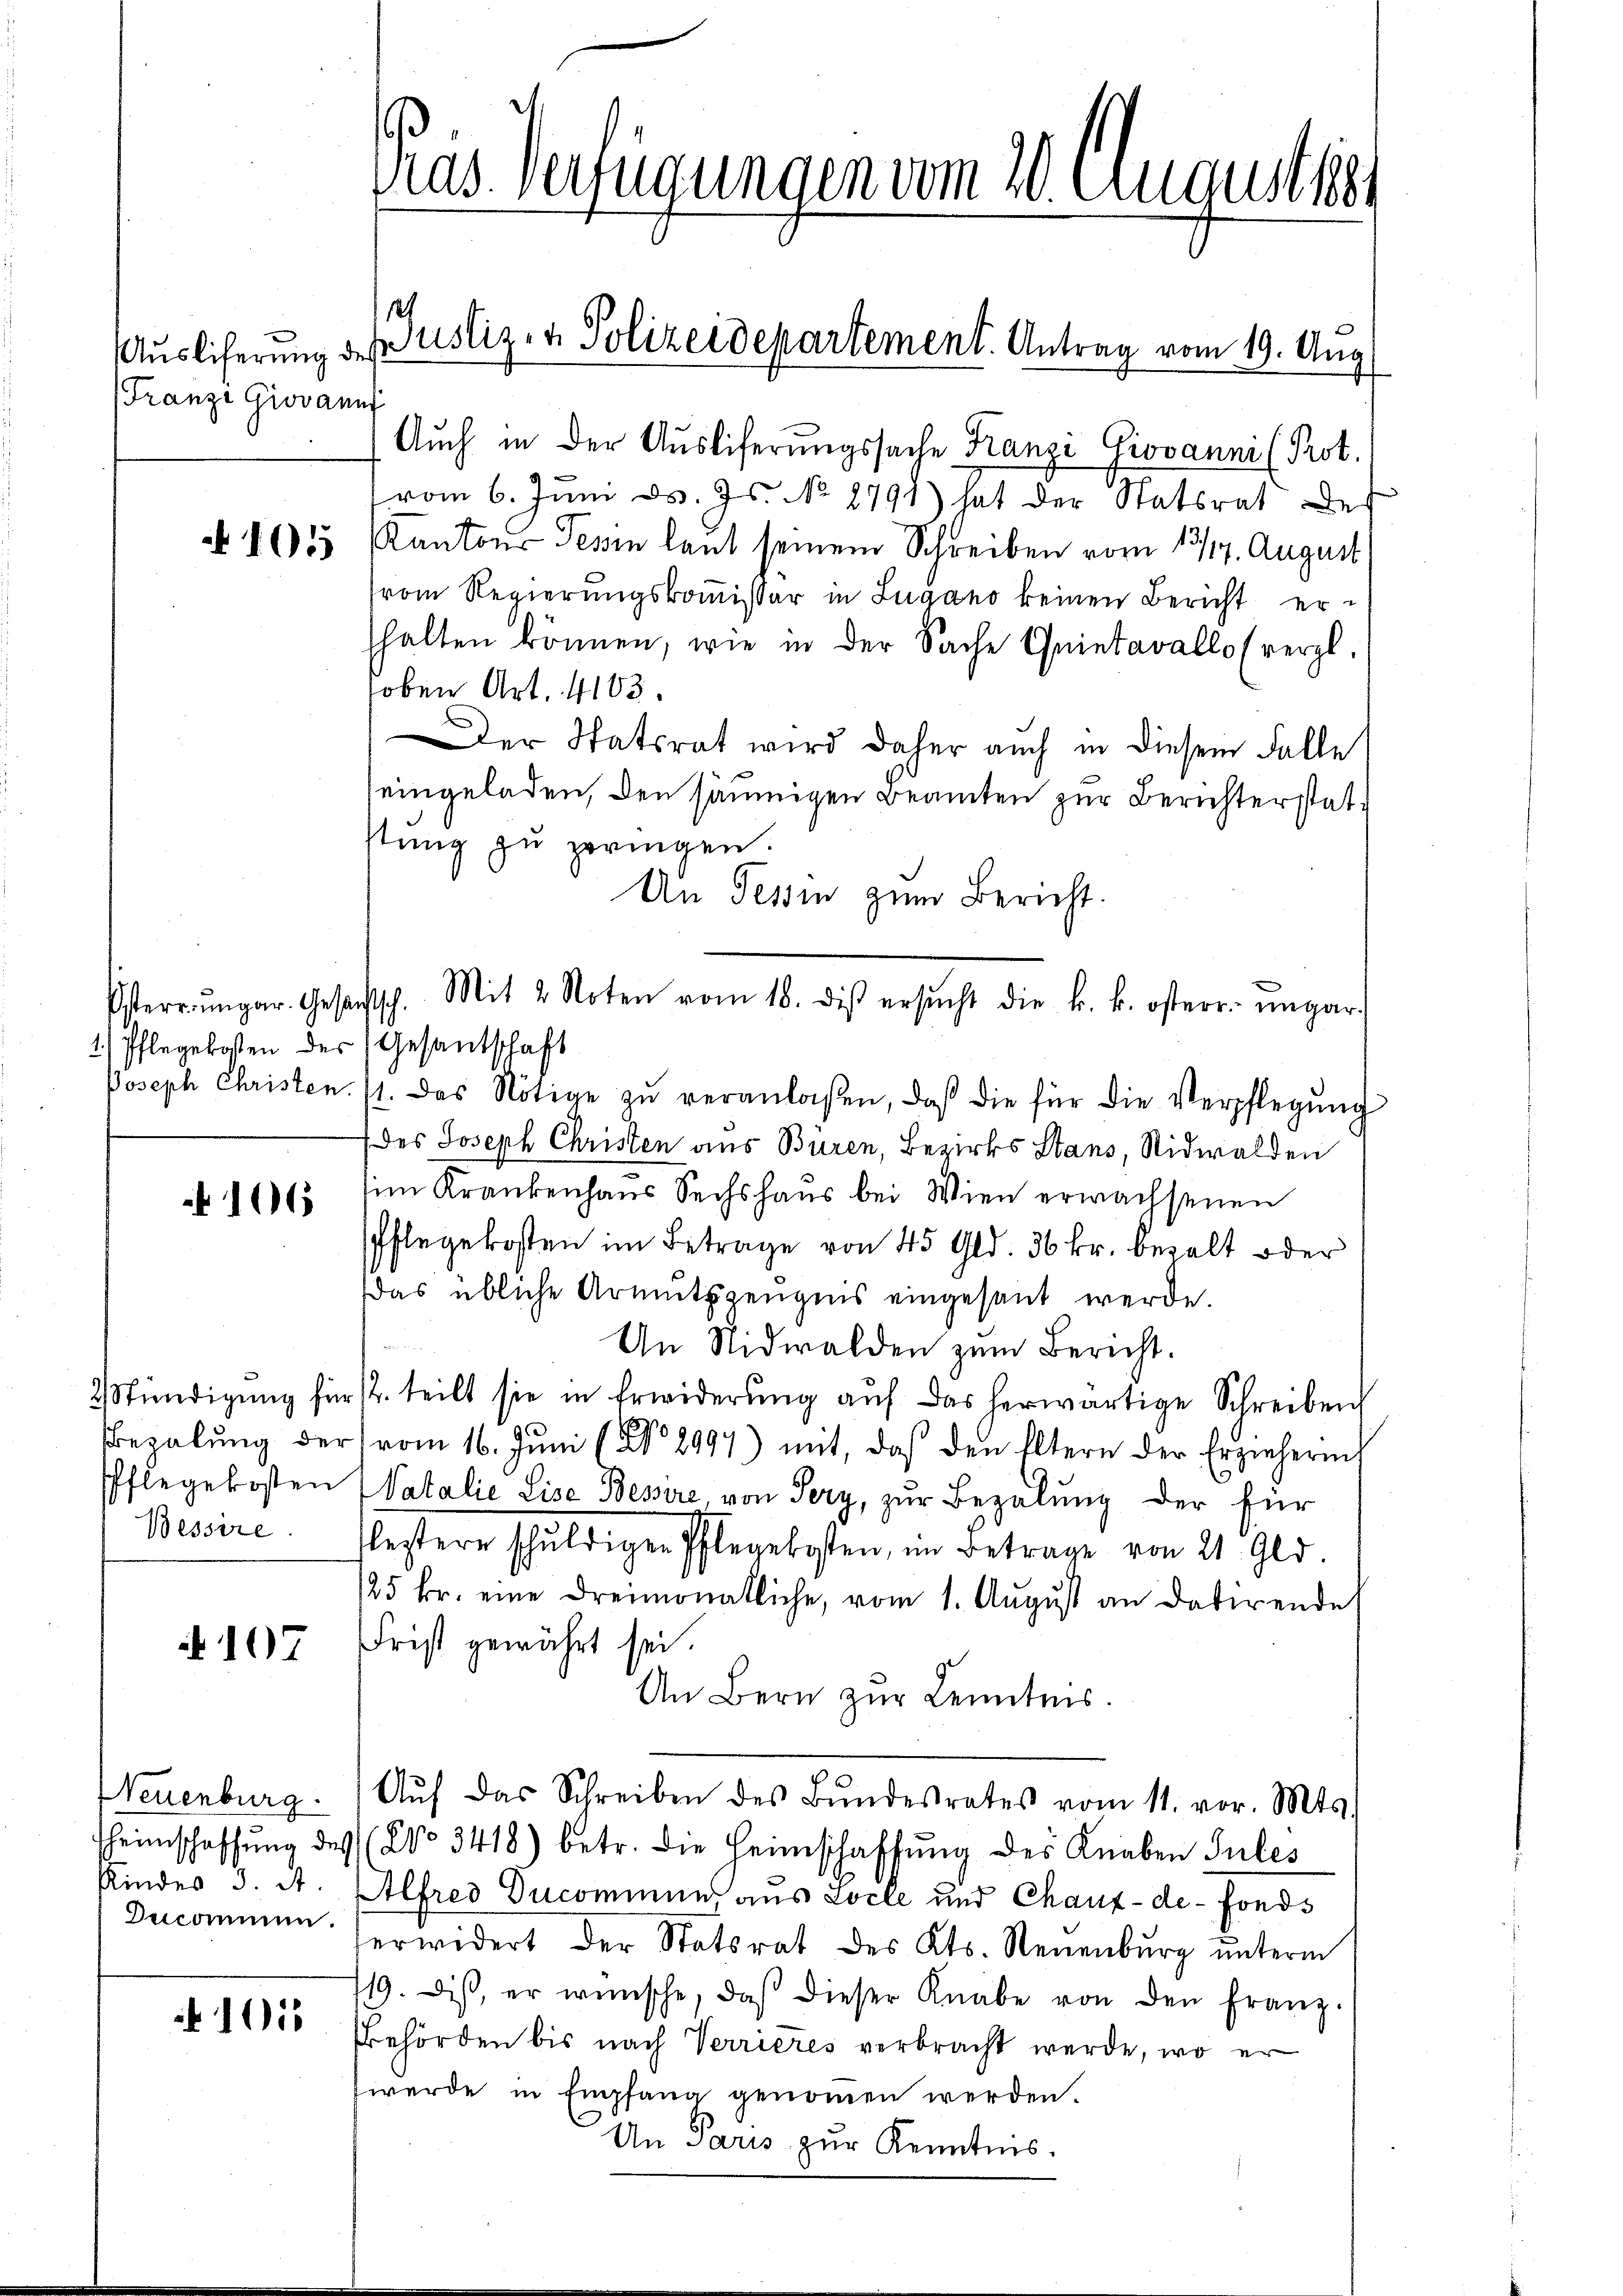
Auslicherung der
Franze Giovann

105

1) Pflegekosten der (Gesantschaft

106

Pflegekosten
Bessire.

107

Neuenburg.
Kinder 3. A
Ducommen.

1015

Das Verfügungen vom 20. Augusts

Auch in der Ausliferungssache Franze Giovanni (Prot.
vom 6. Juni d. Js. No 1791) hat der Statsrat des
Kantons Tessin laut seinem Schreiben vom 13/14. August
vom Regierungskommissär in Lugano keinen Bericht erhalten können, wie in der Sache Eintavallo (vergl.
hoben Art. 4103.
Der Statsrat wird daher auch in diesem Falle
seingeladen, den säumigen Beamten zur Berichterstatstung zu peringen.
An Tessin zum Bericht.
Usterrŭngar. Gesuchtsch. Mit 2 Noten vom 18. dis ersŭcht die k. k. österr.- ŭnpar-
Joseph Christen. 11. Das Nötige zŭ veranlaßen, daβ die für die Verpflegŭng
(des Joseph Christen aus Buren, Bezirks Stans, Nidwalden
im Krankenhaus Sechshaus bei Wien erwachsenen
Pflegekosten im Betrage von 45 Gld. 30 kr. bezalt oder
das übliche Armutszeugnis eingesant werde.
An Nidwalden zum Bericht.
2 Stündigŭng für sr. teilt sie in Erwiderŭng aŭf das herwärtige Schreiben
Bezalŭng der vom 16. Jŭni (No. 2997) mit, daß den Eltern der Erzieherin
Natalie Lise Bessire, von Sery, zur Bezalung der für
estere schŭldigen Pflegekosten, im Betrage von 21 Gld.
125 fr. eine dreimonatliche, vom 1. Aŭgŭst an datirende
Frist gewährt sei.
An Bern zur Kenntnis.
Aŭf das Schreiben des Bŭndesrates vom 11. vor. Mts.
Heimschaffŭng des (No. 3418) betr. die Heimschaffŭng des Knaben Jules
Alfred Ducominum aus Locke und Chaux-de-Fonds
erwidert der Statsrat des Kts. Neuenbŭrg ŭnterm
119. diβ, er wünsche, daβ dieser Knabe von den Franz.
Behörden bis nach Verrieres verbracht werde, wo er
werde in Empfang genommen werden.
Un Paris zur Kenntnis.

1
Justiz- & Polizeidepartement. Antrag vom 19. Aug.